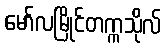
မော်လမြိုင်တက္ကသိုလ်